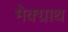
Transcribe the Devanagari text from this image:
मेक्ग्राथ